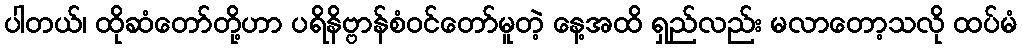
ပါတယ်၊ ထိုဆံတော်တို့ဟာ ပရိနိဗ္ဗာန်စံဝင်တော်မူတဲ့ နေ့အထိ ရှည်လည်း မလာတော့သလို ထပ်မံ